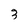
Character: 3